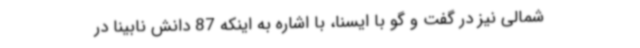
شمالی نیز در گفت و گو با ایسنا، با اشاره به اینکه 87 دانش نابینا در